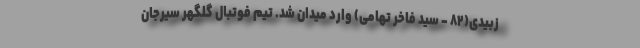
زبیدی(۸۲ - سید فاخر تهامی) وارد میدان شد. تیم فوتبال گلگهر سیرجان